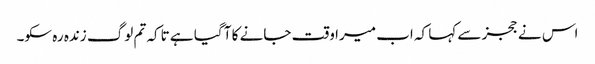
اس نے ججز سے کہا کہ اب میرا وقت جانے کا آ گیا ہے تاکہ تم لوگ زندہ رہ سکو۔